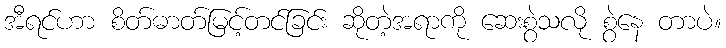
အီရင်ဟာ စိတ်ဓာတ်မြင့်တင်ခြင်း ဆိုတဲ့အရာကို ဆေးစွဲသလို စွဲနေ တာပဲ။